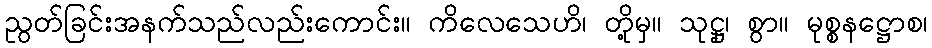
ညွတ်ခြင်းအနက်သည်လည်းကောင်း။ ကိလေသေဟိ၊ တို့မှ။ သုဋ္ဌု၊ စွာ။ မုစ္စနဋ္ဌောစ၊